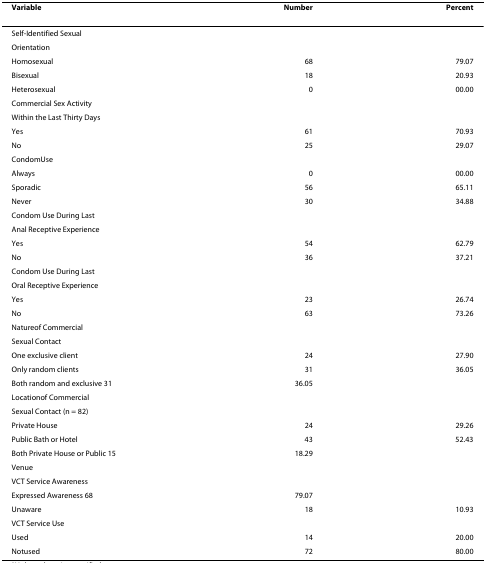
| Variable | Number | Percent |
 | --- | --- | --- |
 | Self-Identified Sexual |  |  |
 | Orientation |  |  |
 | Homosexual | 68 | 79.07 |
 | Bisexual | 18 | 20.93 |
 | Heterosexual | 0 | 00.00 |
 | Commercial Sex Activity |  |  |
 | Within the Last Thirty Days |  |  |
 | Yes | 61 | 70.93 |
 | No | 25 | 29.07 |
 | CondomUse |  |  |
 | Always | 0 | 00.00 |
 | Sporadic | 56 | 65.11 |
 | Never | 30 | 34.88 |
 | Condom Use During Last |  |  |
 | Anal Receptive Experience |  |  |
 | Yes | 54 | 62.79 |
 | No | 36 | 37.21 |
 | Condom Use During Last |  |  |
 | Oral Receptive Experience |  |  |
 | Yes | 23 | 26.74 |
 | No | 63 | 73.26 |
 | Natureof Commercial |  |  |
 | Sexual Contact |  |  |
 | One exclusive client | 24 | 27.90 |
 | Only random clients | 31 | 36.05 |
 | Both random and exclusive 31 | 36.05 |  |
 | Locationof Commercial |  |  |
 | Sexual Contact (n = 82) |  |  |
 | Private House | 24 | 29.26 |
 | Public Bath or Hotel | 43 | 52.43 |
 | Both Private House or Public 15 | 18.29 |  |
 | Venue |  |  |
 | VCT Service Awareness |  |  |
 | Expressed Awareness 68 | 79.07 |  |
 | Unaware | 18 | 10.93 |
 | VCT Service Use |  |  |
 | Used | 14 | 20.00 |
 | Notused | 72 | 80.00 |